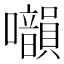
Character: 𡅙